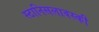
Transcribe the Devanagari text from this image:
स्टानिसलावस्की